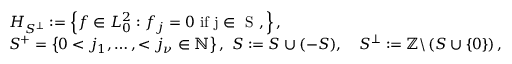
\begin{array} { r l } & { H _ { S ^ { \perp } } : = \left\{ f \in L _ { 0 } ^ { 2 } : f _ { j } = 0 \mathrm { ~ i f ~ j \in ~ S ~ } , \right\} , } \\ & { S ^ { + } = \left\{ 0 < j _ { 1 } , \ldots , < j _ { \nu } \in \mathbb { N } \right\} , \ S : = S \cup ( - S ) , \quad S ^ { \perp } : = \mathbb { Z } \backslash \left( S \cup \left\{ 0 \right\} \right) , } \end{array}